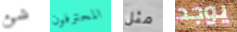
شئ المحترفون مثل يوجد